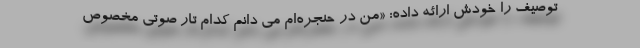
توصیف را خودش ارائه داده: «من در حنجره‌ام می دانم کدام تار صوتی مخصوص